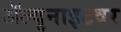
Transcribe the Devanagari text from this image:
ॲल्युनाइटवर